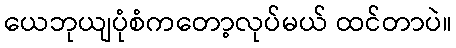
ယေဘုယျပုံစံကတော့လုပ်မယ် ထင်တာပဲ။